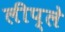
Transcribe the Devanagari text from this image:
लीप्ले